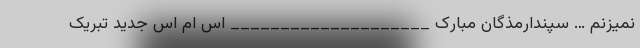
نمیزنم … سپندارمذگان مبارک ____________________ اس ام اس جدید تبریک